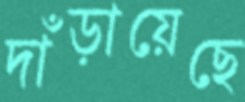
দাঁড়ায়েছে